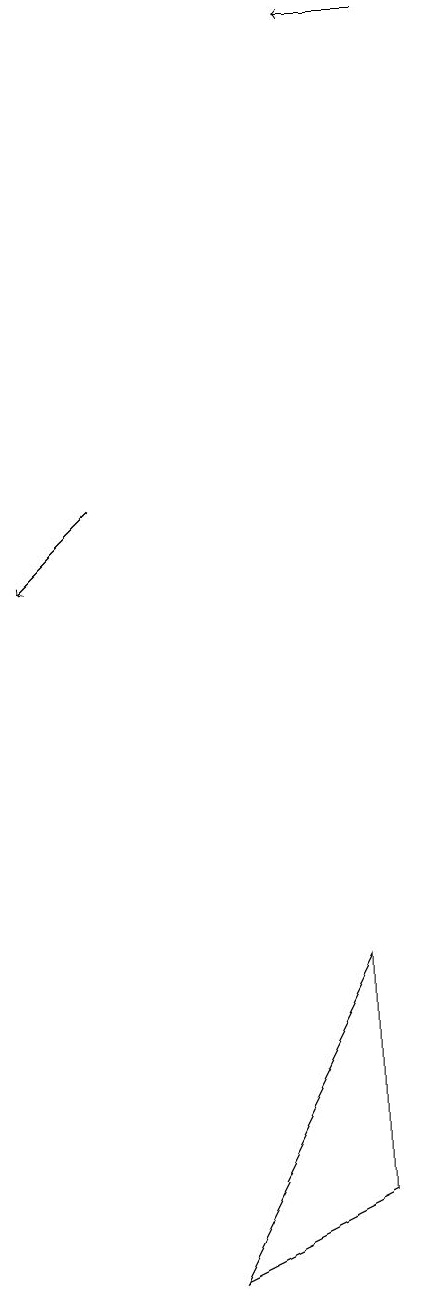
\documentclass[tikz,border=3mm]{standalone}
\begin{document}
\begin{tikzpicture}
\draw[->] (8,19) -- (7,19);
\draw (7,4) -- (5,3) -- (7,7) -- cycle;
\draw[->] (4,13) -- (3,12);
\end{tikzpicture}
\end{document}